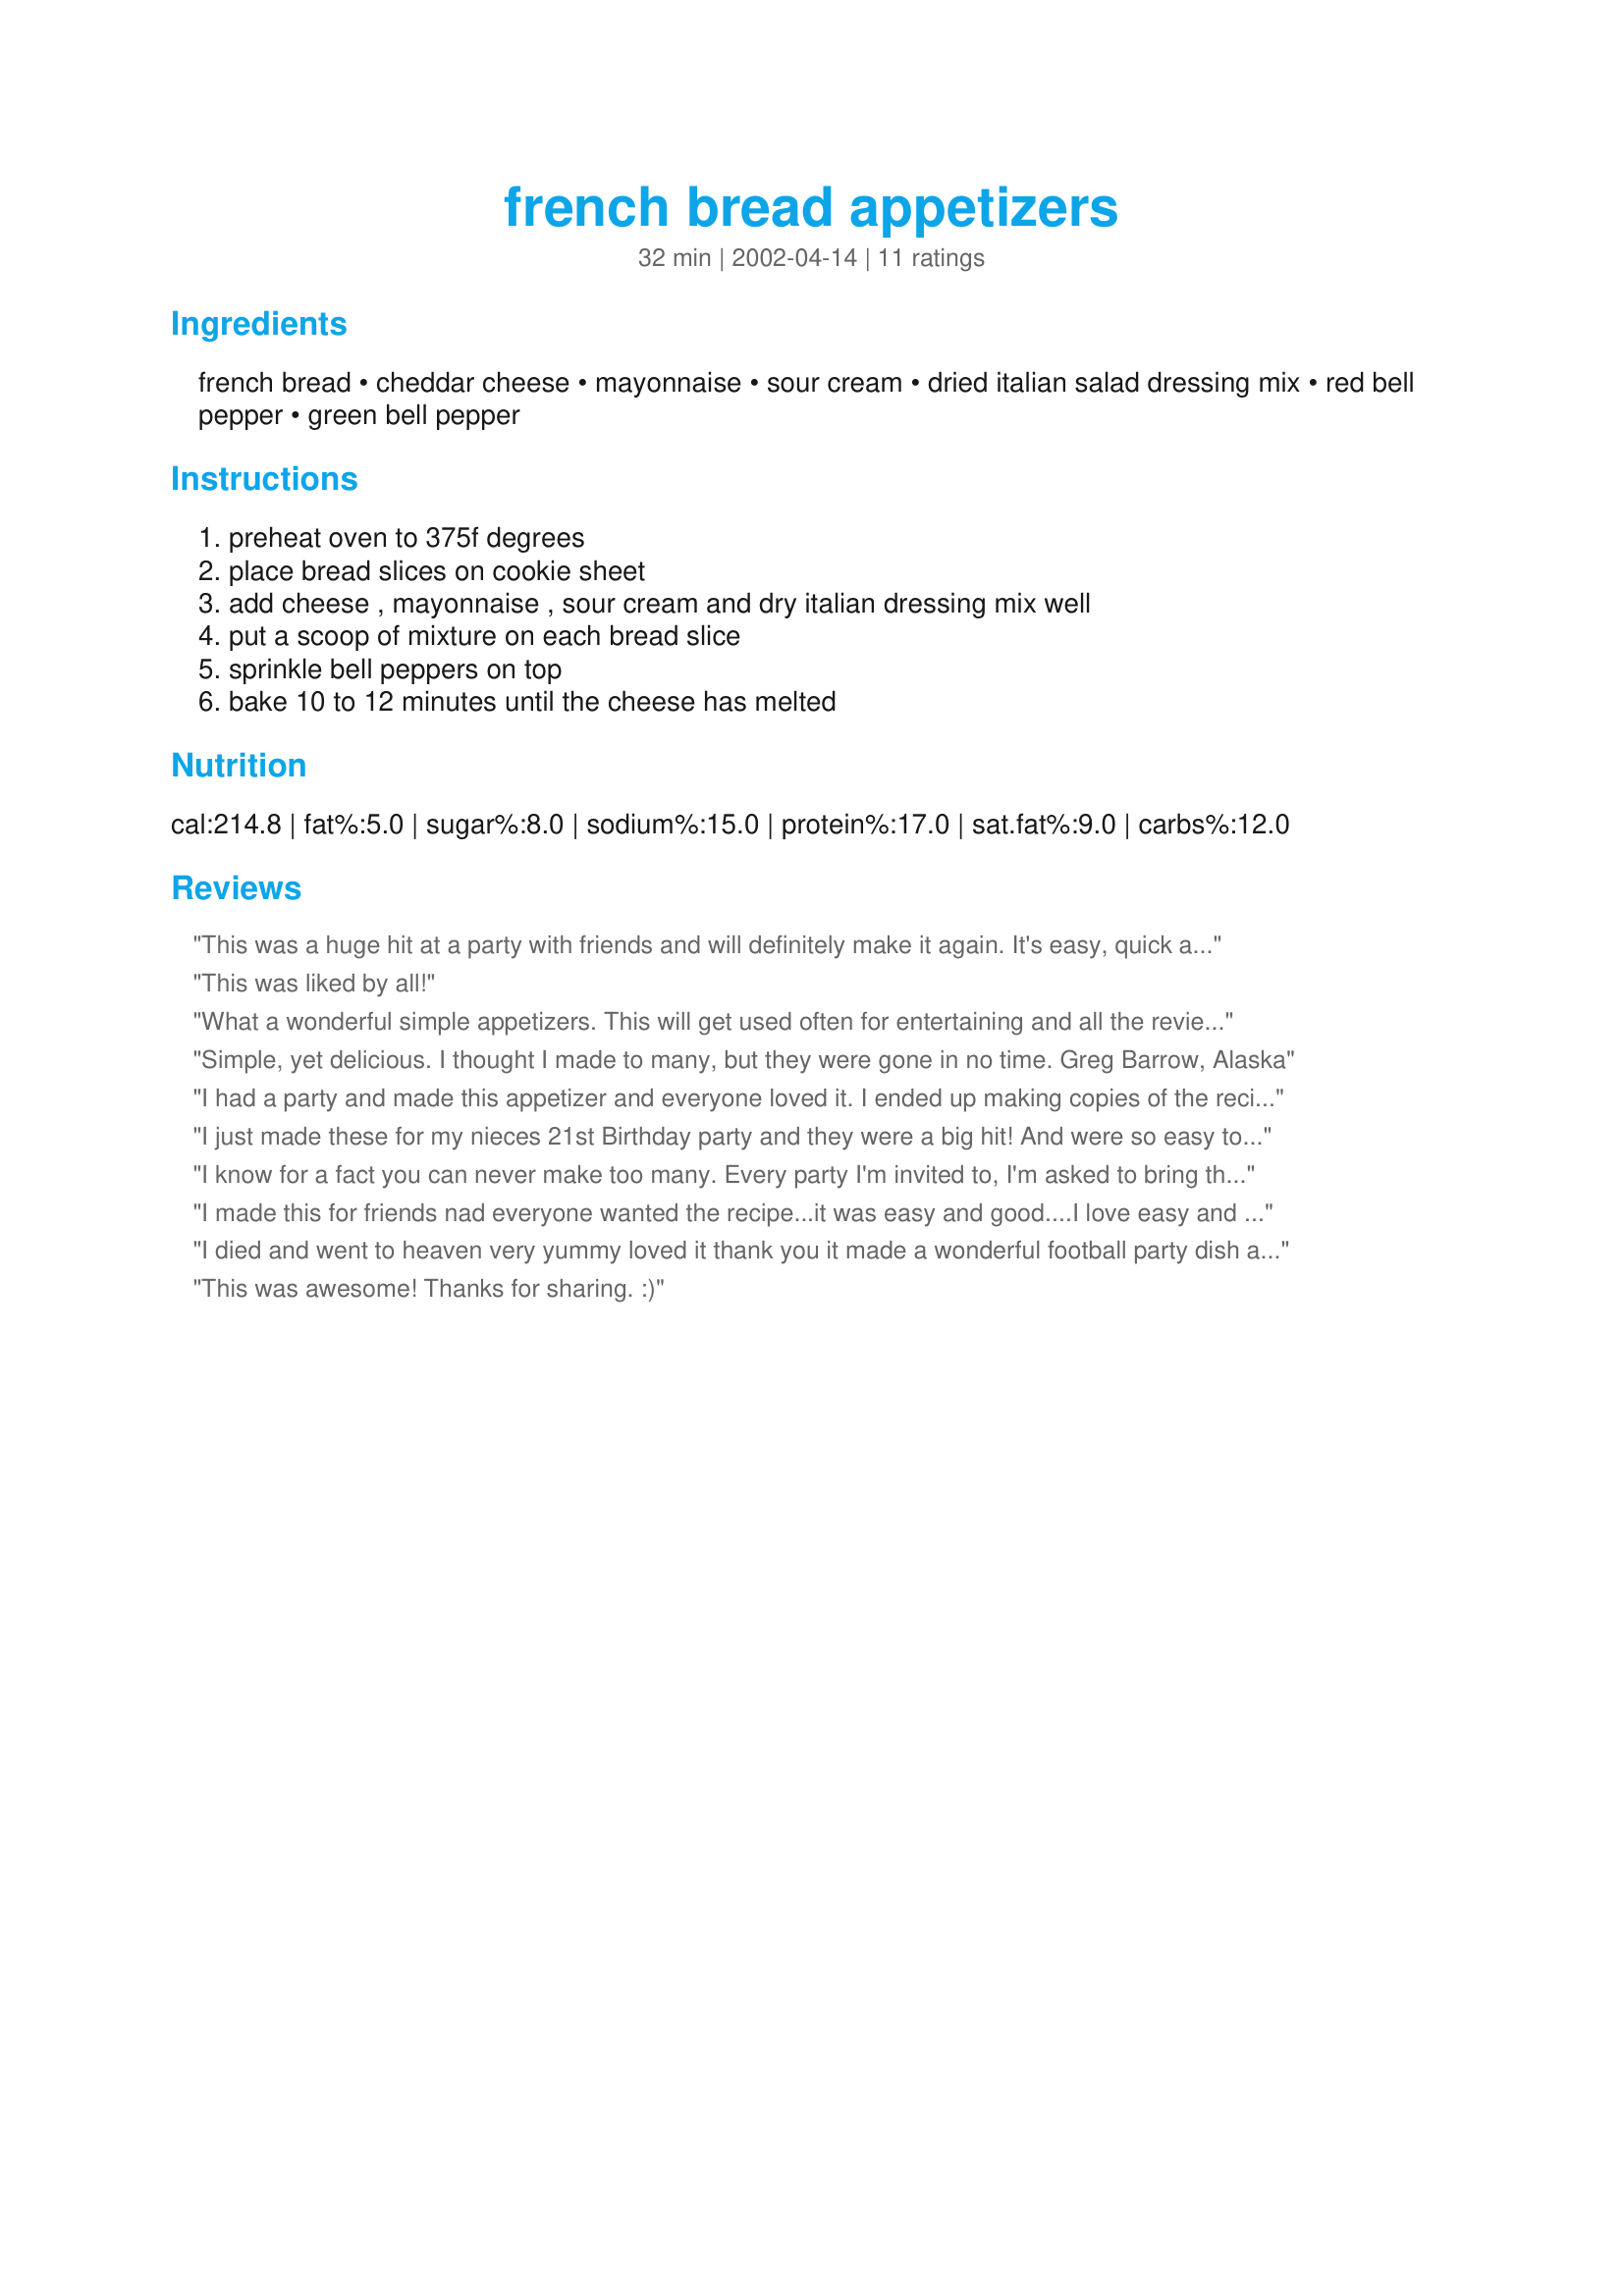
french bread appetizers
Preparation time: 32 minutes

Ingredients:
french bread, cheddar cheese, mayonnaise, sour cream, dried italian salad dressing mix, red bell pepper, green bell pepper

Steps:
preheat oven to 375f degrees, place bread slices on cookie sheet, add cheese , mayonnaise , sour cream and dry italian dressing mix well, put a scoop of mixture on each bread slice, sprinkle bell peppers on top, bake 10 to 12 minutes until the cheese has melted

Reviews:
This was a huge hit at a party with friends and will definitely make it again. It's easy, quick and not expensive for the ingredients. Thanks Sue in PA for the great recipe!
This was liked by all!
What a wonderful simple appetizers. This will get used often for entertaining and all the reviews have been very accurate. I have to omit the green pepper because we can't eat them and have also substituted roasted red peppers. Thanks for sharing this great little recipe.
Simple, yet delicious. I thought I made to many, but they were gone in no time.
Greg
Barrow, Alaska
I had a party and made this appetizer and everyone loved it. I ended up making copies of the recipe for people before they left!!!!Very TASTY!!
I just made these for my nieces 21st Birthday party and they were a big hit! And were so easy to make. Thanks for a great recipe!
I know for a fact you can never make too many. Every party I'm invited to, I'm asked to bring this. Thanks. -B
I made this for friends nad everyone wanted the recipe...it was easy and good....I love easy and good
I died and went to heaven very yummy loved it thank you it made a wonderful football party dish and so easy to make
This was awesome! Thanks for sharing. :)
This was really simple to put together and yet delicious! They just disappeared each time I brought out a batch. I shall be making it often. Every one was wanting to know what it was called, and I wished they had a fancier name. I sliced the french bread with an electric knife - much easier to cut. Also lightly fried the peppers before sprinkling on top.
